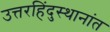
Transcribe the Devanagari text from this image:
उत्तरहिंदुस्थानांत